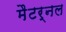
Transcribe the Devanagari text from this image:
मैटर्नल